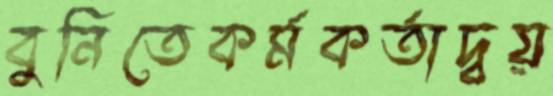
বুনিতেকর্মকর্তাদ্বয়